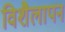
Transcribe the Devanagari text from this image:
विशैलापन